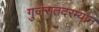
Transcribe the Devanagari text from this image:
गुजरातदरम्यान